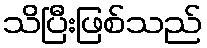
သိပြီးဖြစ်သည်